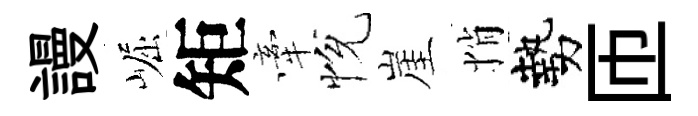
謾崛矩牽恱崖悄勢匝